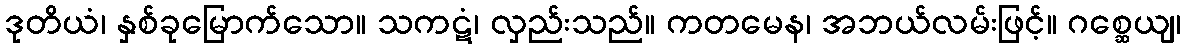
ဒုတိယံ၊ နှစ်ခုမြောက်သော။ သကဋံ၊ လှည်းသည်။ ကတမေန၊ အဘယ်လမ်းဖြင့်။ ဂစ္ဆေယျ၊